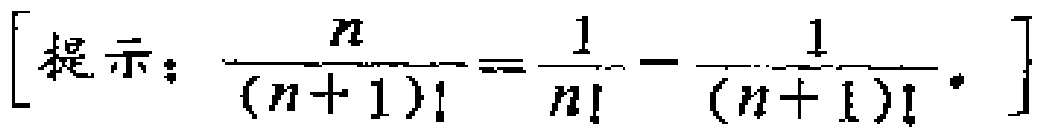
[提示：\(\frac{n}{(n + 1)!}=\frac{1}{n!}-\frac{1}{(n + 1)!}\)]